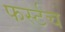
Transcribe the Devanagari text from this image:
फर्स्टच